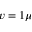
v = 1 \mu